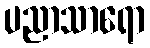
ပညာသာရော